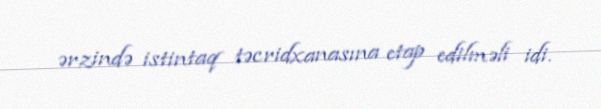
ərzində istintaq təcridxanasına etap edilməli idi.